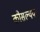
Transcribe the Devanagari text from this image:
कौसल्यया